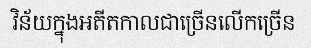
វិន័យក្នុងអតីតកាលជាច្រើនលើកច្រើន